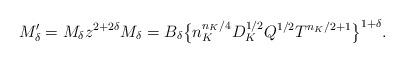
LaTeX: \begin{align*}M'_{\delta} = M_{\delta} z^{2+2\delta} M_{\delta} = B_{\delta} \big\{ n_K^{n_K/4} D_K^{1/2} Q^{1/2} T^{n_K/2+1} \big\}^{1+\delta}.\end{align*}